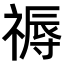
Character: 𥛑